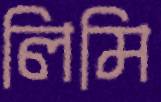
লিমি